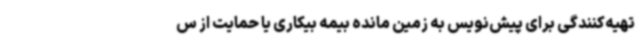
تهیه‌کنندگی برای پیش‌نویس به زمین مانده بیمه بیکاری یا حمایت از س